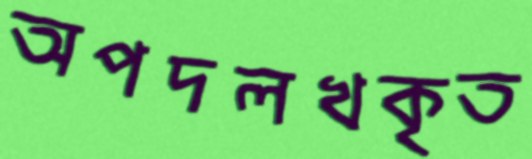
অপদলখকৃত